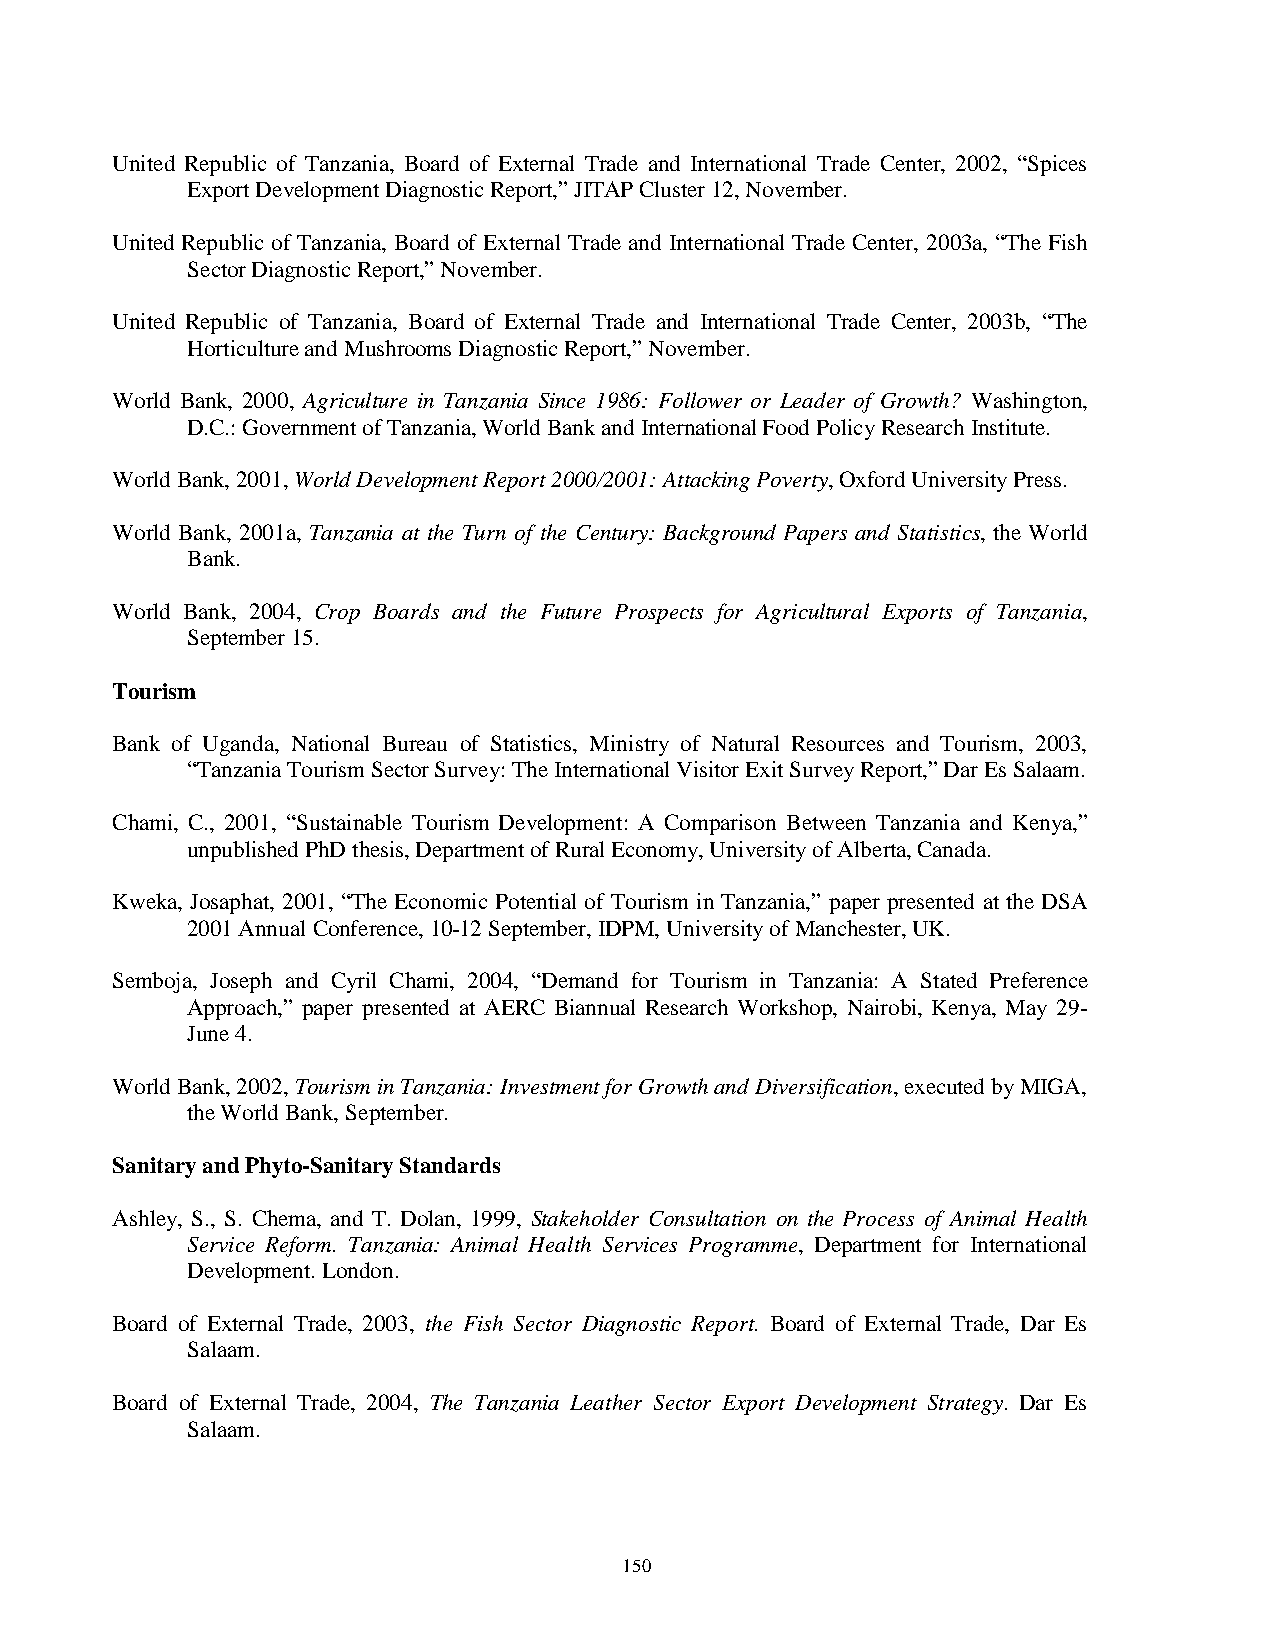
United Republic of Tanzania, Board of External Trade and International Trade Center, 2002, “Spices
 Export Development Diagnostic Report,” JITAP Cluster 12, November.
 United Republic of Tanzania, Board of External Trade and International Trade Center, 2003a, “The Fish
 Sector Diagnostic Report,” November.
 United Republic of Tanzania, Board of External Trade and International Trade Center, 2003b, “The
 Horticulture and Mushrooms Diagnostic Report,” November.
 World Bank, 2000, Agriculture in Tanzania Since 1986: Follower or Leader of Growth? Washington,
 D.C.: Government of Tanzania, World Bank and International Food Policy Research Institute.
 World Bank, 2001, World Development Report 2000/2001: Attacking Poverty, Oxford University Press.
 World Bank, 2001a, Tanzania at the Turn of the Century: Background Papers and Statistics, the World
 Bank.
 World Bank, 2004, Crop Boards and the Future Prospects for Agricultural Exports of Tanzania,
 September 15.
 Tourism
 Bank of Uganda, National Bureau of Statistics, Ministry of Natural Resources and Tourism, 2003,
 “Tanzania Tourism Sector Survey: The International Visitor Exit Survey Report,” Dar Es Salaam.
 Chami, C., 2001, “Sustainable Tourism Development: A Comparison Between Tanzania and Kenya,”
 unpublished PhD thesis, Department of Rural Economy, University of Alberta, Canada.
 Kweka, Josaphat, 2001, “The Economic Potential of Tourism in Tanzania,” paper presented at the DSA
 2001 Annual Conference, 10-12 September, IDPM, University of Manchester, UK.
 Semboja, Joseph and Cyril Chami, 2004, “Demand for Tourism in Tanzania: A Stated Preference
 Approach,” paper presented at AERC Biannual Research Workshop, Nairobi, Kenya, May 29-
 June 4.
 World Bank, 2002, Tourism in Tanzania: Investment for Growth and Diversification, executed by MIGA,
 the World Bank, September.
 Sanitary and Phyto-Sanitary Standards
 Ashley, S., S. Chema, and T. Dolan, 1999, Stakeholder Consultation on the Process of Animal Health
 Service Reform. Tanzania: Animal Health Services Programme, Department for International
 Development. London.
 Board of External Trade, 2003, the Fish Sector Diagnostic Report. Board of External Trade, Dar Es
 Salaam.
 Board of External Trade, 2004, The Tanzania Leather Sector Export Development Strategy. Dar Es
 Salaam.
 150